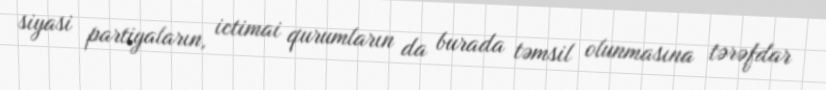
siyasi partiyaların, ictimai qurumların da burada təmsil olunmasına tərəfdar